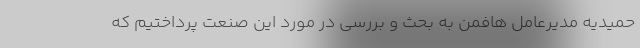
حمیدیه مدیرعامل هافمن به بحث و بررسی در مورد این صنعت پرداختیم که